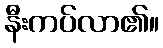
နီးကပ်လာ၏။